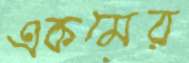
একমের